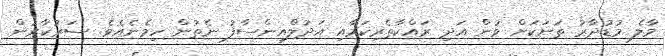
މާލެ މުޑުދާރު ތަނަކަށް ވުން އަދި ރައްކާތެރިކަމާއި އަދުލްއިންސާފު ނެތުން ހިމެނެއެވެ. ސަރުކާރުން